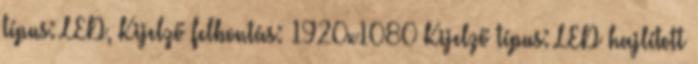
típus: LED, Kijelző felbontás: 1920x1080 Kijelző típus: LED hajlított